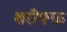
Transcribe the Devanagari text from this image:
शरीफ्फ़